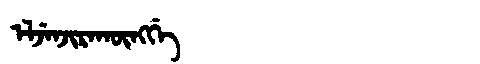
Manchu: ᡝᠯᠵᡝᠨᠵᡳᡵᠠᡴᡡᠩᡤᡝ
Romanization: ELJENJIRAKŪNGGE